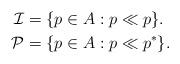
LaTeX: \begin{align*}\mathcal{I}&=\{p\in A:p\ll p\}.\\\mathcal{P}&=\{p\in A:p\ll p^*\}.\end{align*}